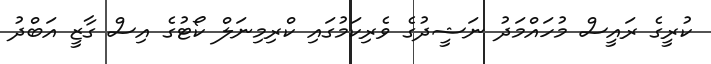
ކުރީގެ ރައީސް މުހައްމަދު ނަޝީދުގެ ވެރިކަމުގައި ކްރިމިނަލް ކޯޓުގެ އިސް ގާޒީ އަބްދު